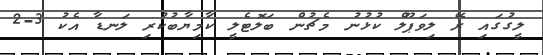
ލީގުގައި ރޭ ލިވަޕޫލް ކުުޅުނު މެޗުން ބަލޮޓެލީ ކާމިޔާބުކުރި ލަނޑާ އެކު 3-2